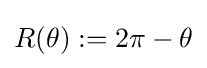
R(\theta ):=2\pi -\theta